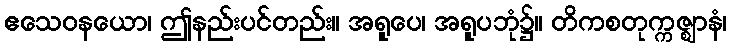
ဧသေဝနယော၊ ဤနည်းပင်တည်း။ အရူပေ၊ အရူပဘုံ၌။ တိကစတုက္ကဇ္ဈာနံ၊